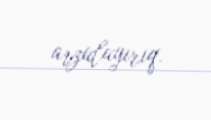
arzulayırıq.